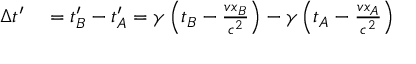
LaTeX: \begin{array} { r l } { \Delta t ^ { \prime } } & { { } = t _ { B } ^ { \prime } - t _ { A } ^ { \prime } = \gamma \left( t _ { B } - { \frac { v x _ { B } } { c ^ { 2 } } } \right) - \gamma \left( t _ { A } - { \frac { v x _ { A } } { c ^ { 2 } } } \right) } \end{array}